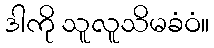
ဒါကို သူလူသိမခံဝံ။